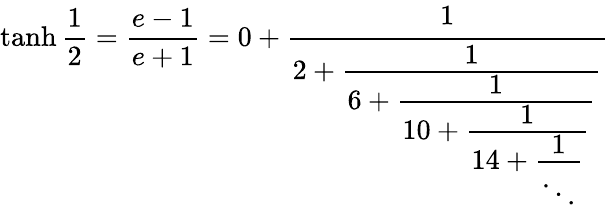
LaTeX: \operatorname{tanh}{\frac{1}{2}}={\frac{e-1}{e+1}}=0+{\cfrac{1}{2+{\cfrac{1}{6+{\cfrac{1}{10+{\cfrac{1}{14+{\cfrac{1}{\ddots}}}}}}}}}}